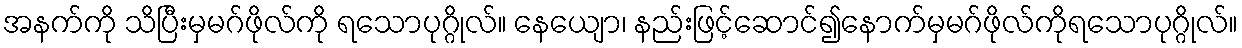
အနက်ကို သိပြီးမှမဂ်ဖိုလ်ကို ရသောပုဂ္ဂိုလ်။ နေယျော၊ နည်းဖြင့်ဆောင်၍နောက်မှမဂ်ဖိုလ်ကိုရသောပုဂ္ဂိုလ်။